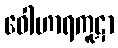
ဝေါဟာရကူဋာ